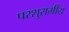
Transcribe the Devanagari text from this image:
परशुरामीय